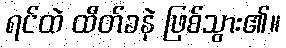
ရင်ထဲ ထိတ်ခနဲ ဖြစ်သွား၏။